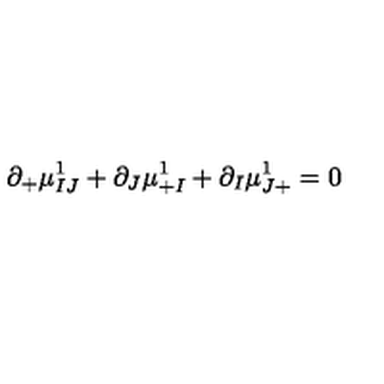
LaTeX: \partial _ { + } \mu _ { I J } ^ { 1 } + \partial _ { J } \mu _ { + I } ^ { 1 } + \partial _ { I } \mu _ { J + } ^ { 1 } = 0